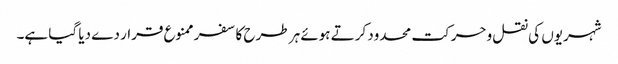
شہریوں کی نقل وحرکت محدود کرتے ہوئے ہر طرح کا سفر ممنوع قرار دے دیا گیا ہے۔